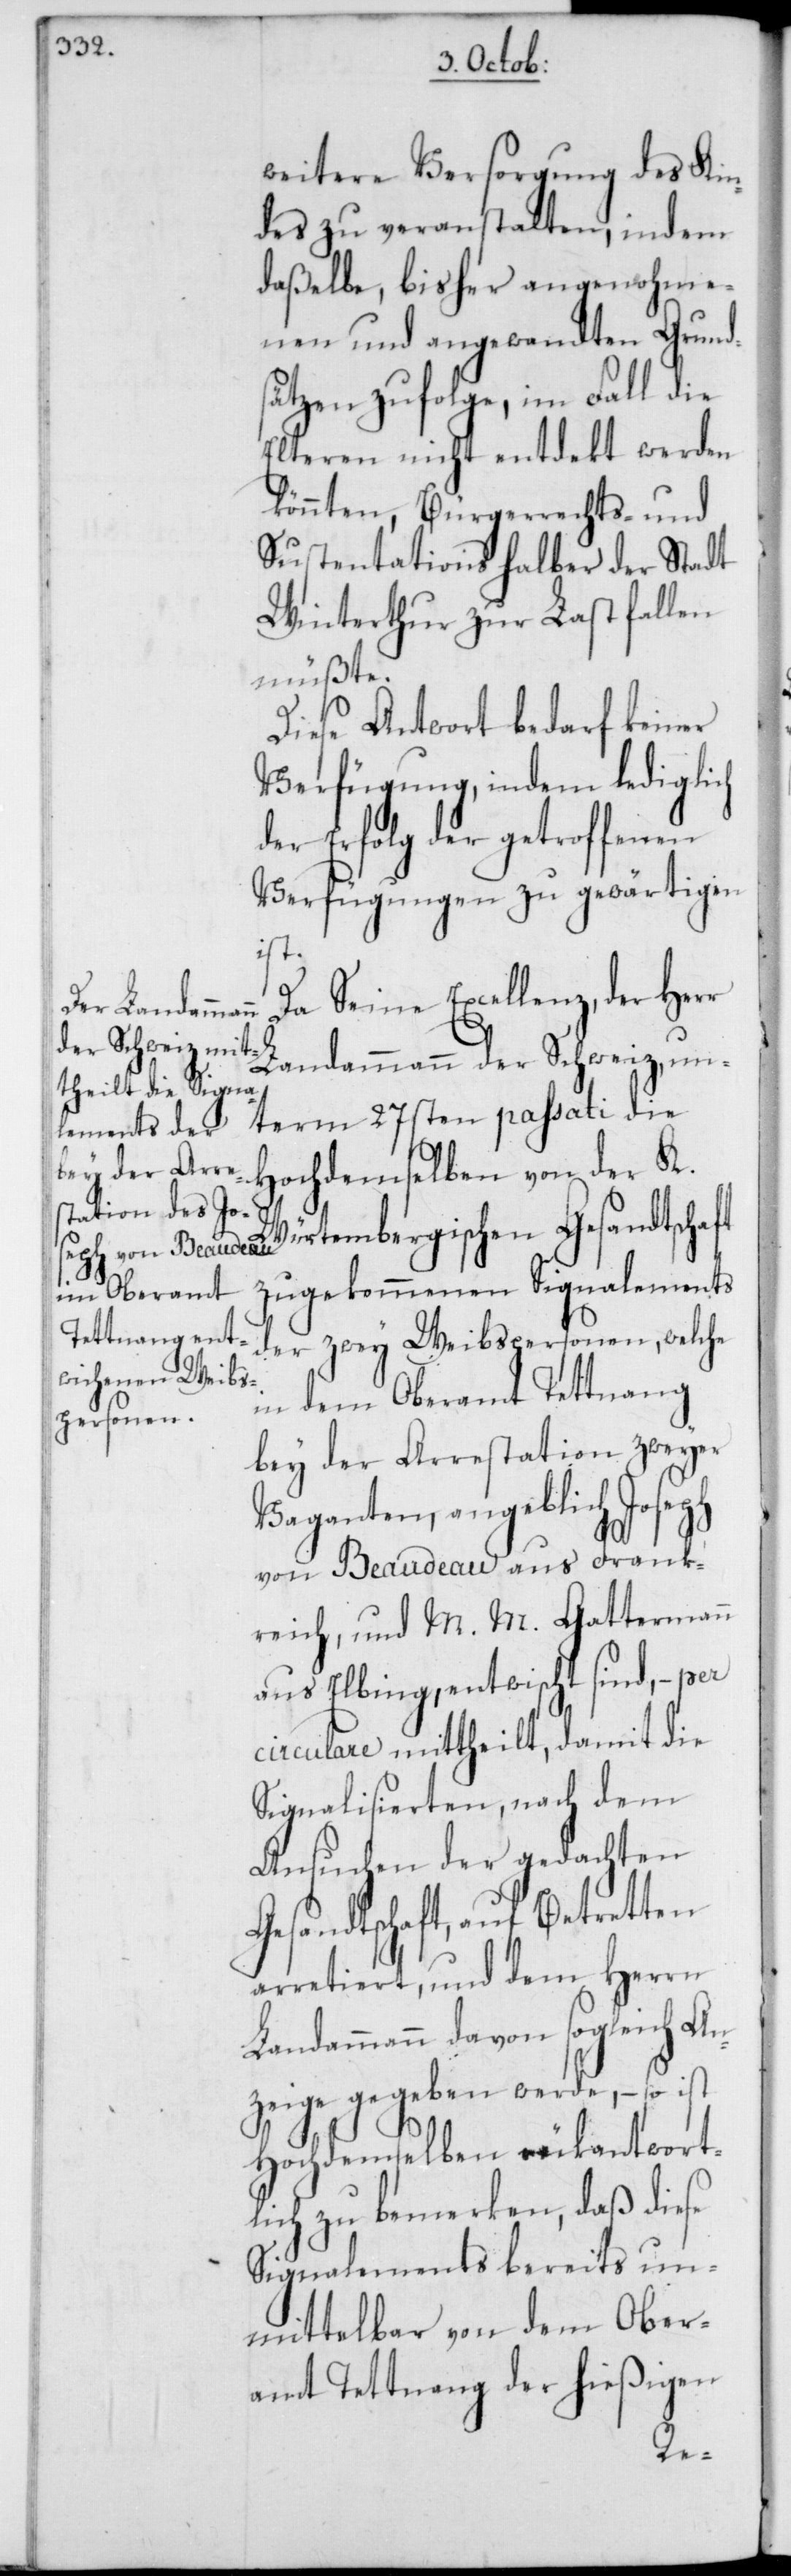
weitere Versorgung des Kin¬
des zu veranstalten, indem
daßelbe, bisher angenohme¬
nen und angewandten Grund¬
sätzen zufolge, im Fall die
Elteren nicht entdekt werden
könnten, Bürgerrechts- und
Sustentations halber der Stadt
Winterthur zur Last fallen
müßte.
Diese Antwort bedarf keiner
Verfügung, indem lediglich
der Erfolg der getroffenen
Verfügungen zu gewärtigen
ft
Da Seine Excellenz, der Herr
Landammann der Schweiz, un¬
Hochdemselben von der K.
Würtembergischen Gesandtscha¬
zugekommenen Signalements
der zwey Weibspersonen, welche
in dem Oberamt Tettnang
bey der Arrestation zweyer
Vaganten, angeblich Joseph
von Beaudeau aus Frank¬
reich, und M. M. Gattermann
aus Elbing, entwischt sind, – per
circulare mittheilt, damit die
Signalisierten, nach dem
Ansuchen der gedachten
Gesandtschaft, auf Betretten
arretiert, und dem Herrn
Landammann davon sogleich An¬
zeige gegeben werde, – so ist
Hochdemselben rükantwort¬
lich zu bemerken, daß diese
Signalements bereits un¬
mittelbar von dem Ober¬
amt Tettnang der hießigen
term